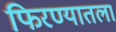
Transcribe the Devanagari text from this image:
फिरण्यातला